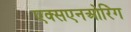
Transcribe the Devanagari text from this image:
एक्सएनओरिंग